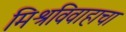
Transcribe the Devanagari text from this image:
मिश्रविवाहाचा